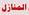
المتازل